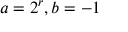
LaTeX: a = 2 ^ { r } , b = - 1